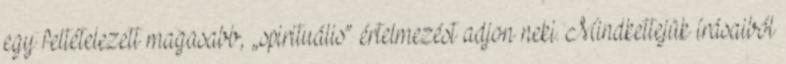
egy feltételezett magasabb, „spirituális” értelmezést adjon neki. Mindkettejük írásaiból